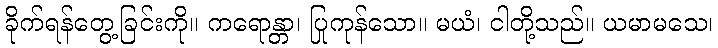
ခိုက်ရန်တွေ့ခြင်းကို။ ကရောန္တာ၊ ပြုကုန်သော။ မယံ၊ ငါတို့သည်။ ယမာမသေ၊